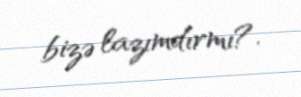
bizə lazımdırmı?.